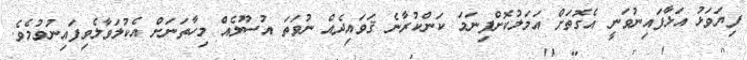
ފިޔަވަޅު އަޅާފައިނުވަނީ އެގޮތަށް އަމަލުކޮށްފިނަމަ ކަންކުރާނެ ޤަވައިދެއް ނުވަތަ އުސޫލެއް މިހާތަނަށް އެކުލަވާލެވިފައިނުވުމެވެ.